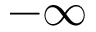
- \infty